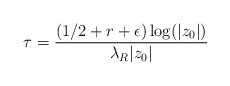
\begin{align*} \tau = \frac{(1/2 + r + \epsilon)\log(|z_0|)}{\lambda_R |z_0|}\end{align*}